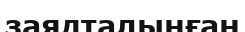
заядталынған